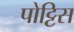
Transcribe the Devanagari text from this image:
पोट्टिस